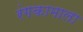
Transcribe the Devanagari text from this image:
रंगकामाला